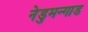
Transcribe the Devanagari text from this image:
नेडुमन्गाड